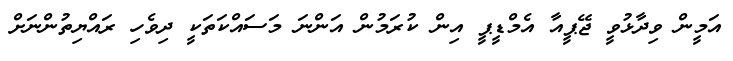
އަމީން ވިދާޅުވީ ޖޭޕީއާ އެމްޑީޕީ އިން ކުރަމުން އަންނަ މަސައްކަތަކީ ދިވެހި ރައްޔިތުންނަށް